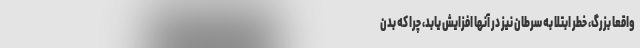
واقعاً بزرگ، خطر ابتلا به سرطان نیز در آنها افزایش یابد، چرا که بدن